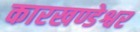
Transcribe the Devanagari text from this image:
कारखण्डेश्वर